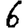
Digit: 6